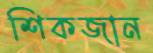
শিকজান